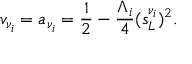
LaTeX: v _ { \nu _ { i } } = a _ { \nu _ { i } } = { \frac { 1 } { 2 } } - { \frac { \Lambda _ { i } } { 4 } } ( s _ { L } ^ { \nu _ { i } } ) ^ { 2 } .